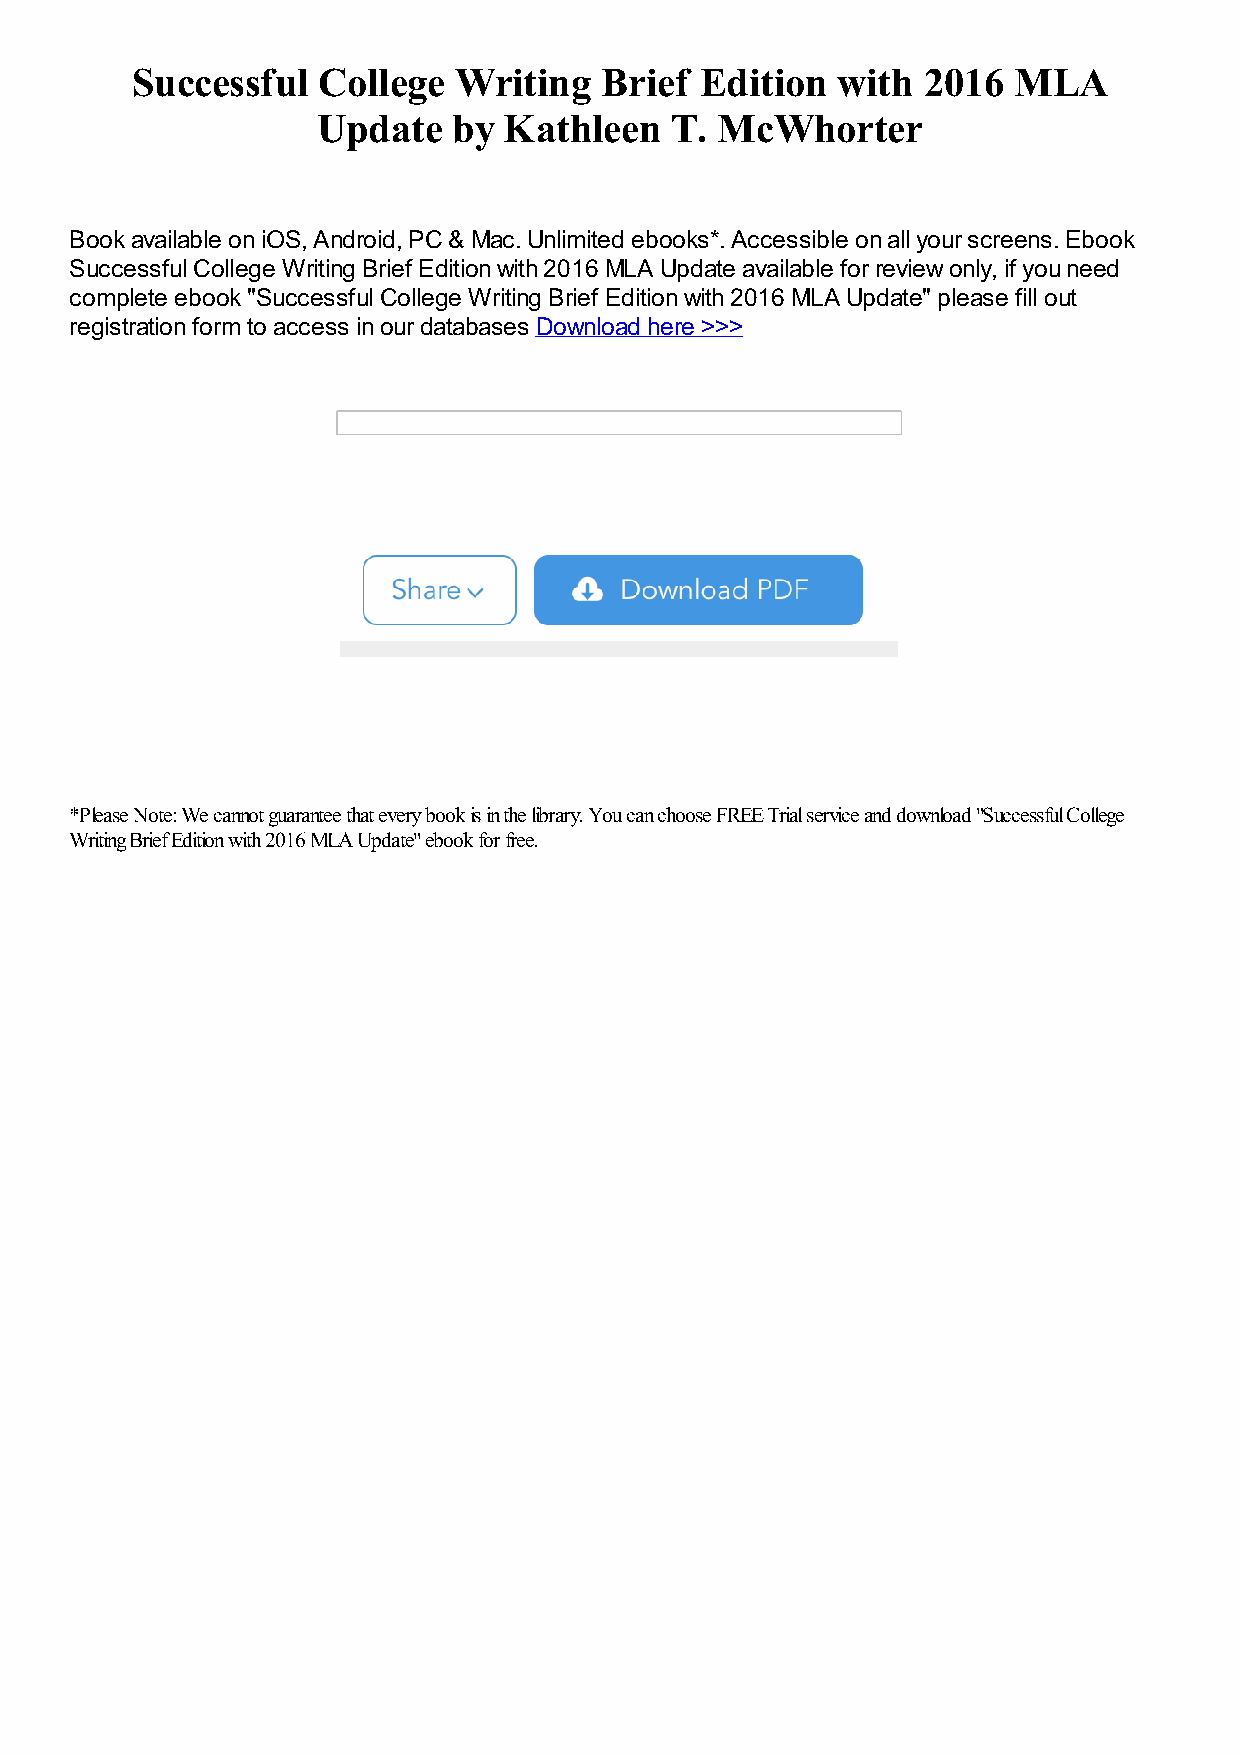
Successful  College  Writing   Brief Edition  with  2016  MLA
 Update   by Kathleen   T. McWhorter
 Book available on iOS, Android, PC & Mac. Unlimited ebooks*. Accessible on all your screens. Ebook
 Successful College Writing Brief Edition with 2016 MLA Update available for review only, if you need
 complete ebook "Successful College Writing Brief Edition with 2016 MLA Update" please fill out
 registration form to access in our databases Download here >>>
 *Please Note: We cannot guarantee that every book is in the library. You can choose FREE Trial service and download "Successful College
 Writing Brief Edition with 2016 MLA Update" ebook for free.